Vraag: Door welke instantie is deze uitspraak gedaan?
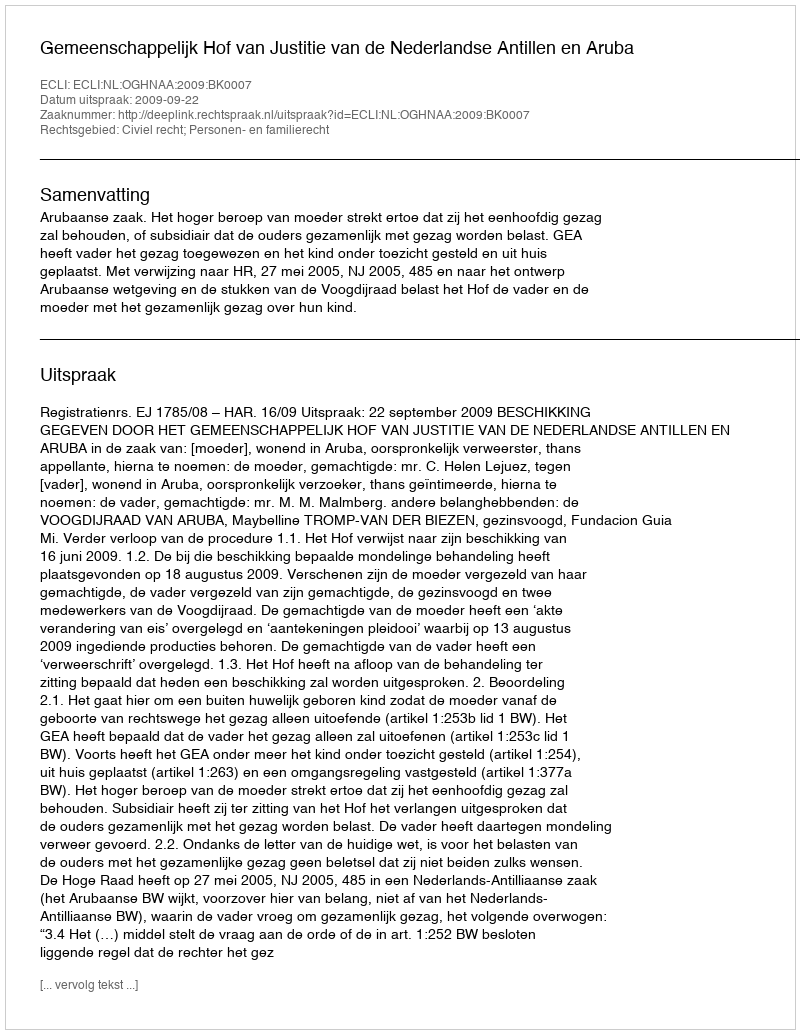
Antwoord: Gemeenschappelijk Hof van Justitie van de Nederlandse Antillen en Aruba